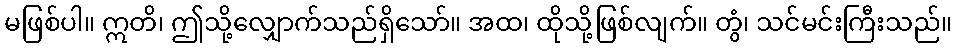
မဖြစ်ပါ။ ဣတိ၊ ဤသို့လျှောက်သည်ရှိသော်။ အထ၊ ထိုသို့ဖြစ်လျက်။ တွံ၊ သင်မင်းကြီးသည်။